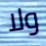
ولا